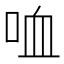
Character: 𠲣